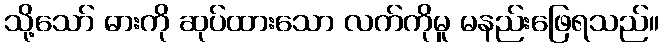
သို့သော် ဓားကို ဆုပ်ထားသော လက်ကိုမူ မနည်းဖြေရသည်။